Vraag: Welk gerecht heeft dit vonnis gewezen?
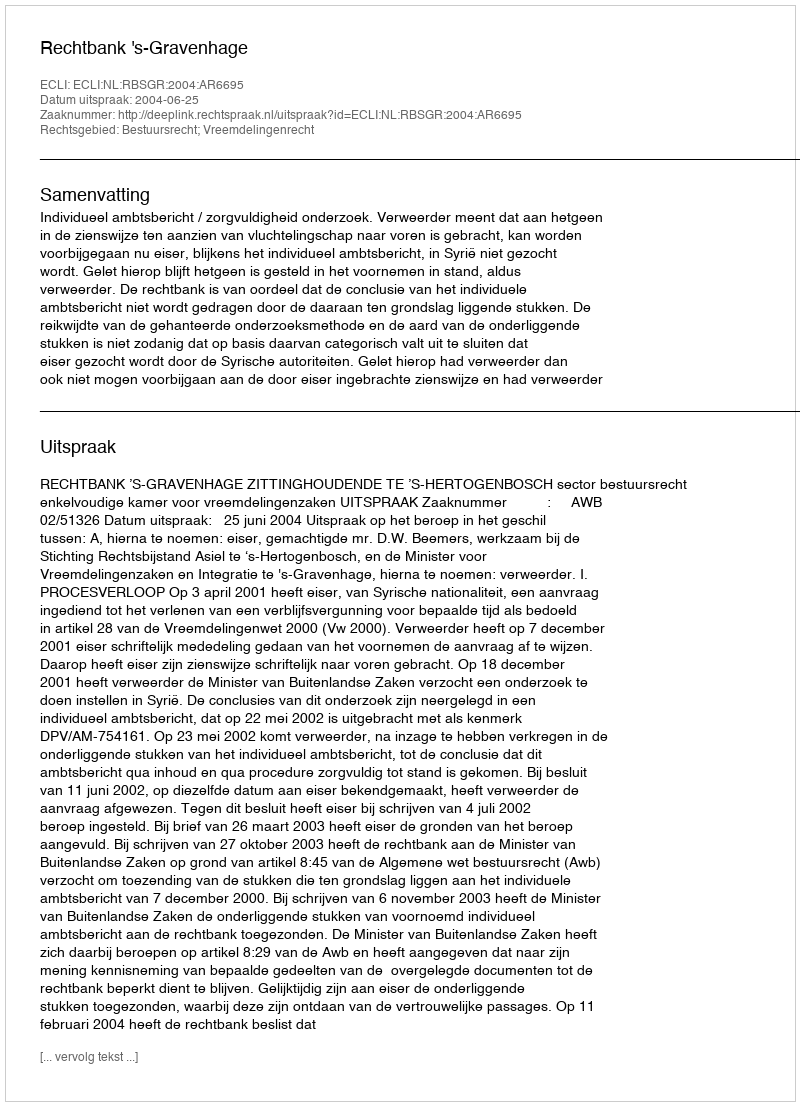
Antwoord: Rechtbank 's-Gravenhage